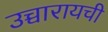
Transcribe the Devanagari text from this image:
उच्चारायची